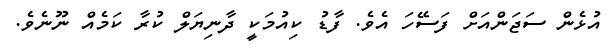
އުޅެން ސަޖަންއަށް ފަސޭހަ އެވެ. ފާޑު ކިއުމަކީ ދާނިޔަލް ކުރާ ކަމެއް ނޫނެވެ.